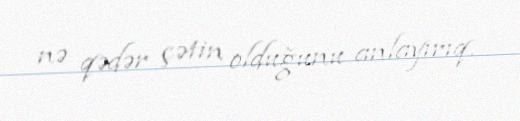
nə qədər çətin olduğunu anlayırıq.